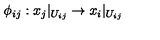
\phi _ { i j } : x _ { j } | _ { U _ { i j } } \rightarrow x _ { i } | _ { U _ { i j } }